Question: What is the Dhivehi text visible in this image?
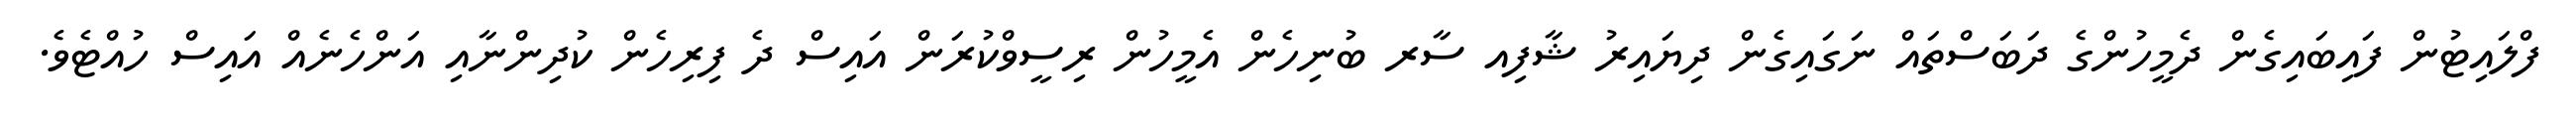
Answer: ފްލައިޓުން ފައިބައިގެން ދެމީހުންގެ ދަބަސްތައް ނަގައިގެން ދިޔައިރު ޝާފިއ ސާރ ބުނިހެން އެމީހުން ރިސީވްކުރަން އައިސް ދެ ފިރިހެން ކުދިންނާއި އަންހެނެއް އައިސް ހުއްޓެވެ.